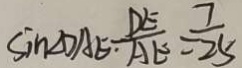
\sin \angle D A E = \frac { D E } { A E } = \frac { 7 } { 2 5 }